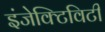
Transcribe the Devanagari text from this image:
इंजेक्टिविटी